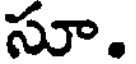
సూ.